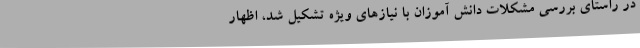
در راستای بررسی مشکلات دانش آموزان با نیازهای ویژه تشکیل شد، اظهار